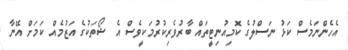
އެހެންނަމެސް ކަޅު ނަސްލުގެ ކޮމިއުނިޓީތައް ބާރުވެރިކުރުމަކީވެސް އެ ޝޯތަކުގެ އަޒުމެއް ކަމަށް އޭނާ